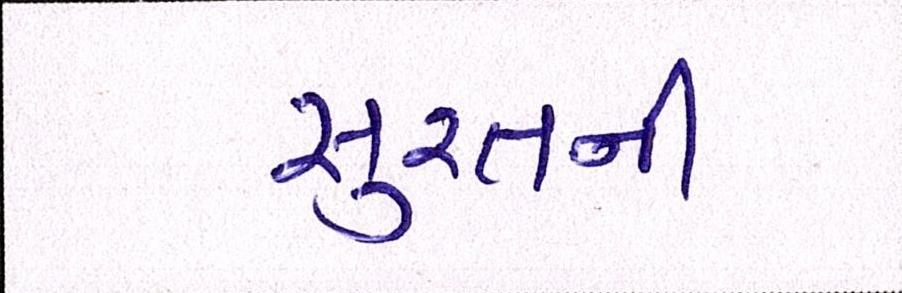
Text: સુરતની